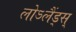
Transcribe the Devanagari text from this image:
लोऽलैंड्स्